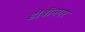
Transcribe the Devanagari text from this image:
डोबीनगर